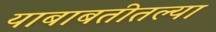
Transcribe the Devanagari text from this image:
याबाबतीतल्या